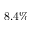
8 . 4 \%